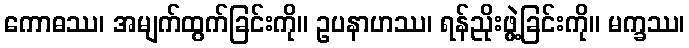
ကောဓဿ၊ အမျက်ထွက်ခြင်းကို။ ဥပနာဟဿ၊ ရန်ညိုးဖွဲ့ခြင်းကို။ မက္ခဿ၊